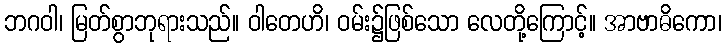
ဘဂဝါ၊ မြတ်စွာဘုရားသည်။ ဝါတေဟိ၊ ဝမ်း၌ဖြစ်သော လေတို့ကြောင့်။ အာဗာဓိကော၊